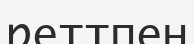
реттпен